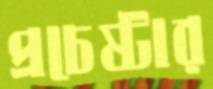
প্রচেষ্টার